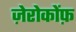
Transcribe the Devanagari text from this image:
ज़ेरोकोंफ़